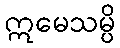
ဣမေသမ္ပိ